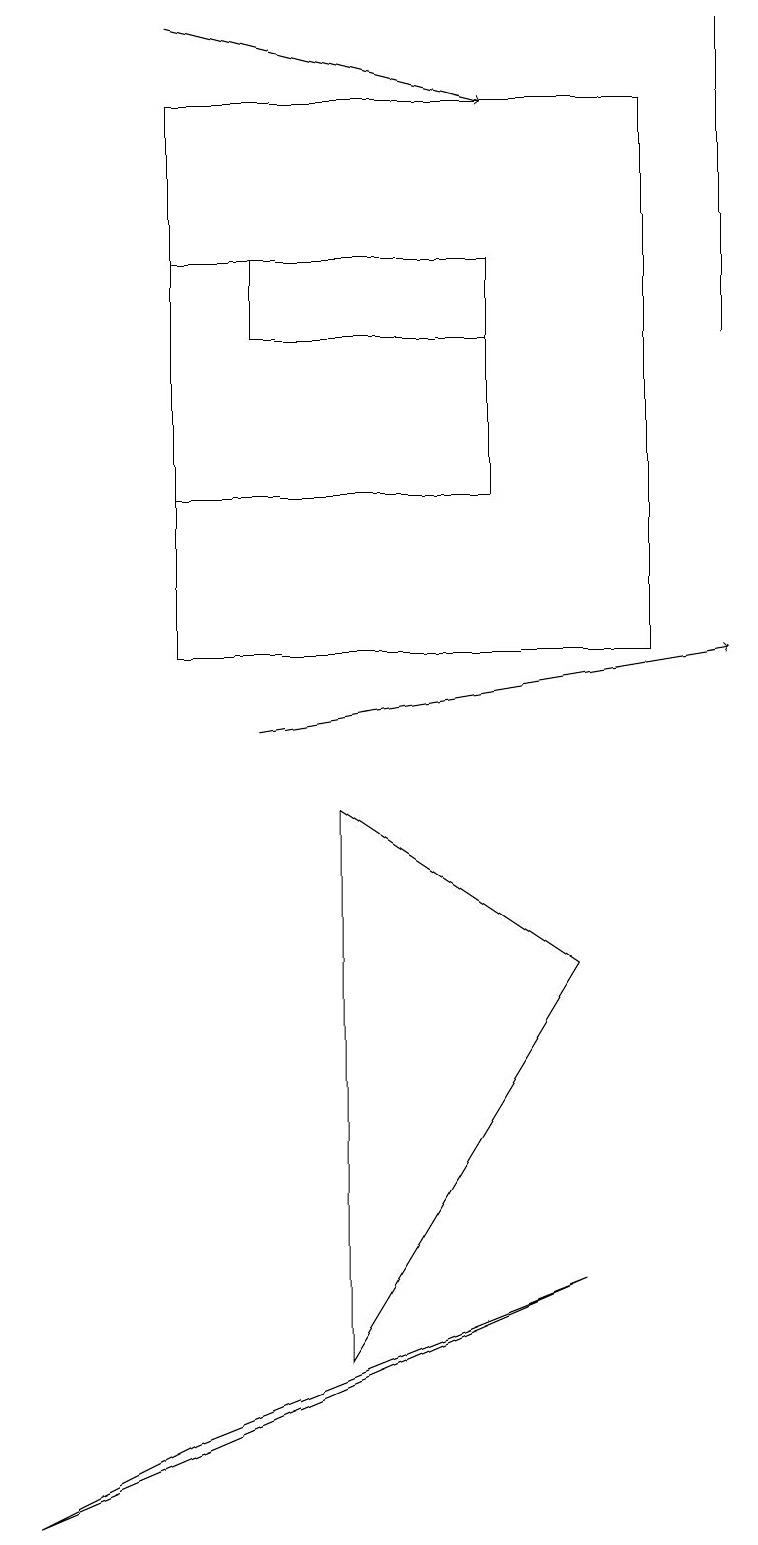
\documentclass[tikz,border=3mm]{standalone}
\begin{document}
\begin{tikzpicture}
\draw (0,0) -- (2,1) -- (7,3) -- cycle;
\draw[->] (2,19) -- (6,18);
\draw[->] (3,10) -- (9,11);
\draw (6,16) rectangle (2,13);
\draw (7,7) -- (4,2) -- (4,9) -- cycle;
\draw (9,19) rectangle (9,15);
\draw (6,16) rectangle (3,15);
\draw (2,11) rectangle (8,18);
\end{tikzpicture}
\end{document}